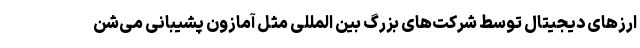
ارزهای دیجیتال توسط شرکت­های بزرگ بین المللی مثل آمازون پشیبانی می­شن